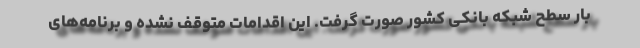
بار سطح شبکه بانکی کشور صورت گرفت. این اقدامات متوقف نشده و برنامه‌های